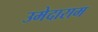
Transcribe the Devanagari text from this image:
उमेदाराम